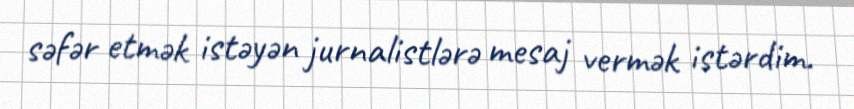
səfər etmək istəyən jurnalistlərə mesaj vermək istərdim.